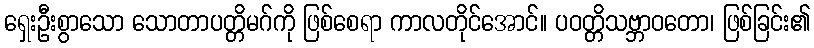
ရှေးဦးစွာသော သောတာပတ္တိမဂ်ကို ဖြစ်စေရာ ကာလတိုင်အောင်။ ပဝတ္တိသဗ္ဘာဝတော၊ ဖြစ်ခြင်း၏